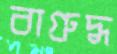
বাগ্রুদ্ধ